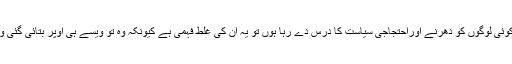
ویسے جو قارئین یہ سمجھ رہے ہیں کہ میں کوئی لوگوں کو دھرنے اوراحتجاجی سیاست کا درس دے رہا ہوں تو یہ ان کی غلط فہمی ہے کیونکہ وہ تو ویسے ہی اوپر بتائی گئی وجوہات کی وجہ سےبرسوں سے ہورہے ہیں ۔